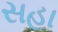
સહા